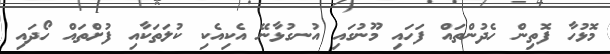
މޮޅުހާ ފޮތިން ހެދުންތައް ފަހައި މޫނުގައި އުނގުޅާނޭ އެކިއެކި ކުލަތަކާއި ފުށްތައް ހޯދައި